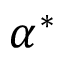
\alpha ^ { * }